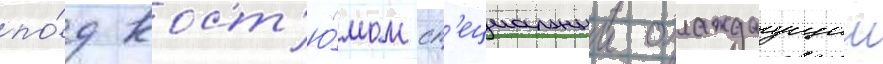
по́д кост'ю́мом сп'ециальныи охлаждаущии